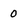
Character: O